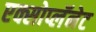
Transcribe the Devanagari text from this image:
एक्सोप्लॅनेट